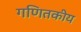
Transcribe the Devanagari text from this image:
गणितकीय